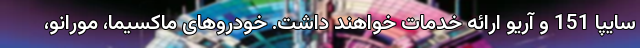
سایپا 151 و آریو ارائه خدمات خواهند داشت. خودروهای ماکسیما، مورانو،